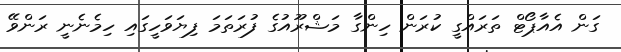
ގަން އެއާޕޯޓް ތަރައްގީ ކުރަން ހިންގާ މަޝްރޫއުގެ ފުރަތަމަ ފިޔަވަހީގައި ހިމެނެނީ ރަންވޭ